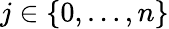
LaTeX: j\in\{ 0,\ldots,n\}